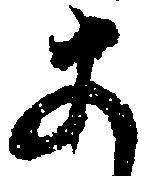
あ